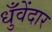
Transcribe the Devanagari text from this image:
धुँवेंदार